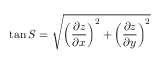
\tan S = { \sqrt { \left( { \frac { \partial z } { \partial x } } \right) ^ { 2 } + \left( { \frac { \partial z } { \partial y } } \right) ^ { 2 } } }